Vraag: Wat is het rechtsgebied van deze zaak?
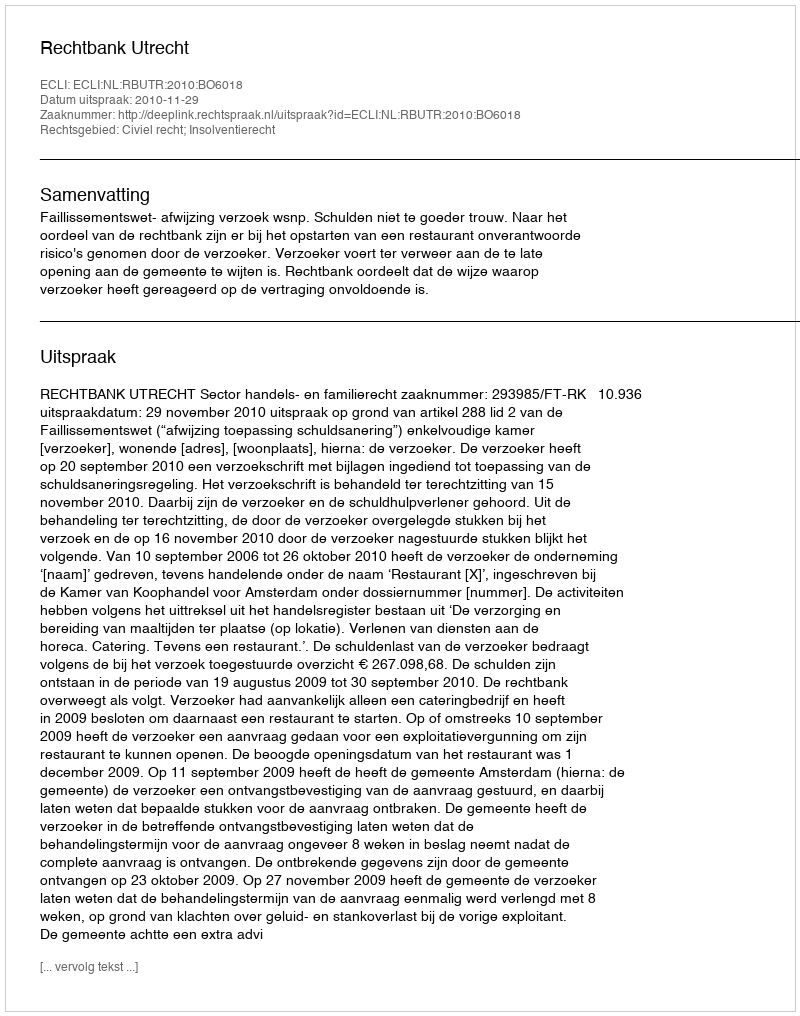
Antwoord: Civiel recht; Insolventierecht